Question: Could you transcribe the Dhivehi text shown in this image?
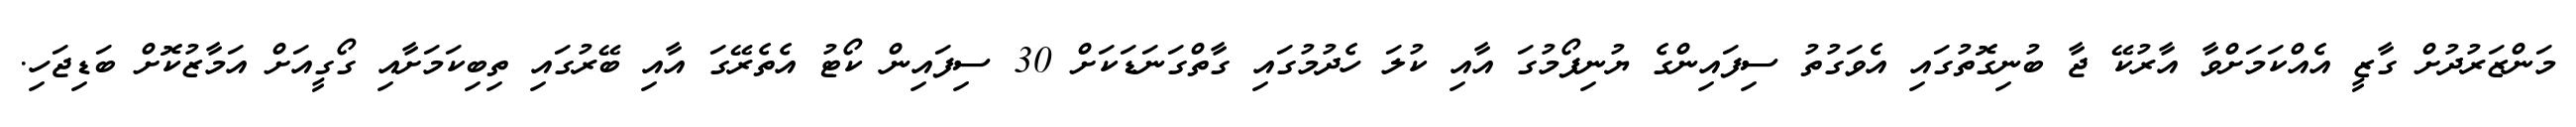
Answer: މަންޒަރުދުށް ގާޒީ އެއްކަމަށްވާ އާރުކޭ ޖާ ބުނިގޮތުގައި އެވަގުތު ސިފައިންގެ ޔުނިފޯމުގަ އާއި ކުލަ ހެދުމުގައި ގާތްގަނަޑަކަށް 30 ސިފައިން ކޯޓު އެތެރޭގަ އާއި ބޭރުގައި ތިބިކަމަށާއި ގޯގީއަށް އަމާޒުކޮށް ބަޑިޖަހި.